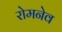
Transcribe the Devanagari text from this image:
रोमनेव